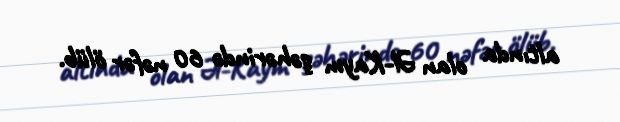
altında olan Əl-Kaym şəhərində 60 nəfər ölüb.